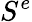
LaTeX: S^{e}